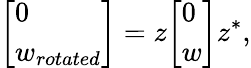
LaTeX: {\left[\begin{array}{l}{0}\\ {w_{rotated}}\end{array}\right]}=z{\left[\begin{array}{l}{0}\\ {w}\end{array}\right]}z^{*},